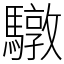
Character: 驐